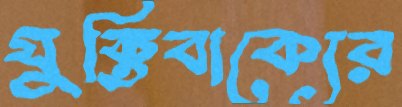
যুক্তিবাক্যের